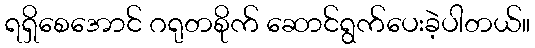
ရရှိစေအောင် ဂရုတစိုက် ဆောင်ရွက်ပေးခဲ့ပါတယ်။